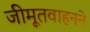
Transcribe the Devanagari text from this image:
जीमूतवाहनने